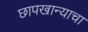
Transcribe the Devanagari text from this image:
छापखान्याचा